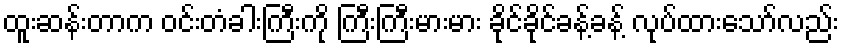
ထူးဆန်းတာက ဝင်းတံခါးကြီးကို ကြီးကြီးမားမား ခိုင်ခိုင်ခန့်ခန့် လုပ်ထားသော်လည်း